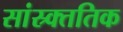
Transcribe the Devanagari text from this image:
सांस्र्क्ततिक